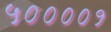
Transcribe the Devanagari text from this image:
५००००१